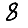
Digit: 8